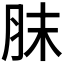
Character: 𦚜